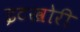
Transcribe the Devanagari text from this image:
इटखोरी